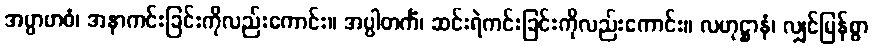
အပ္ပာဗာဓံ၊ အနာကင်းခြင်းကိုလည်းကောင်း။ အပ္ပါတင်္ကံ၊ ဆင်းရဲကင်းခြင်းကိုလည်းကောင်း။ လဟုဋ္ဌာနံ၊ လျှင်မြန်စွာ